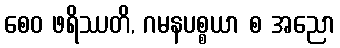
စေဝ ဖရိဿတိ, ဂမနပစ္စယာ စ အညော